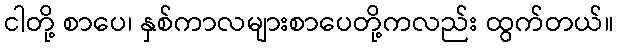
ငါတို့ စာပေ၊ နှစ်ကာလများစာပေတို့ကလည်း ထွက်တယ်။